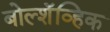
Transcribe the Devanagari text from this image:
बोल्शॅव्हिक